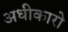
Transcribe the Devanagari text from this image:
अधीकारो